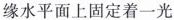
缘水平面上固定着一光